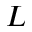
L